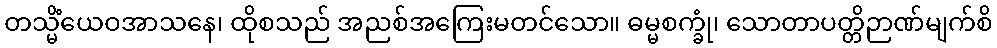
တသ္မိံယေဝအာသနေ၊ ထိုစသည် အညစ်အကြေးမတင်သော။ ဓမ္မစက္ခုံ၊ သောတာပတ္တိဉာဏ်မျက်စိ